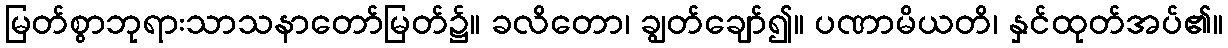
မြတ်စွာဘုရားသာသနာတော်မြတ်၌။ ခလိတော၊ ချွတ်ချော်၍။ ပဏာမိယတိ၊ နှင်ထုတ်အပ်၏။